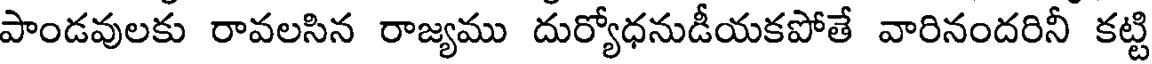
పాండవులకు రావలసిన రాజ్యము దుర్యోధనుడీయకపోతే వారినందరినీ కట్టి